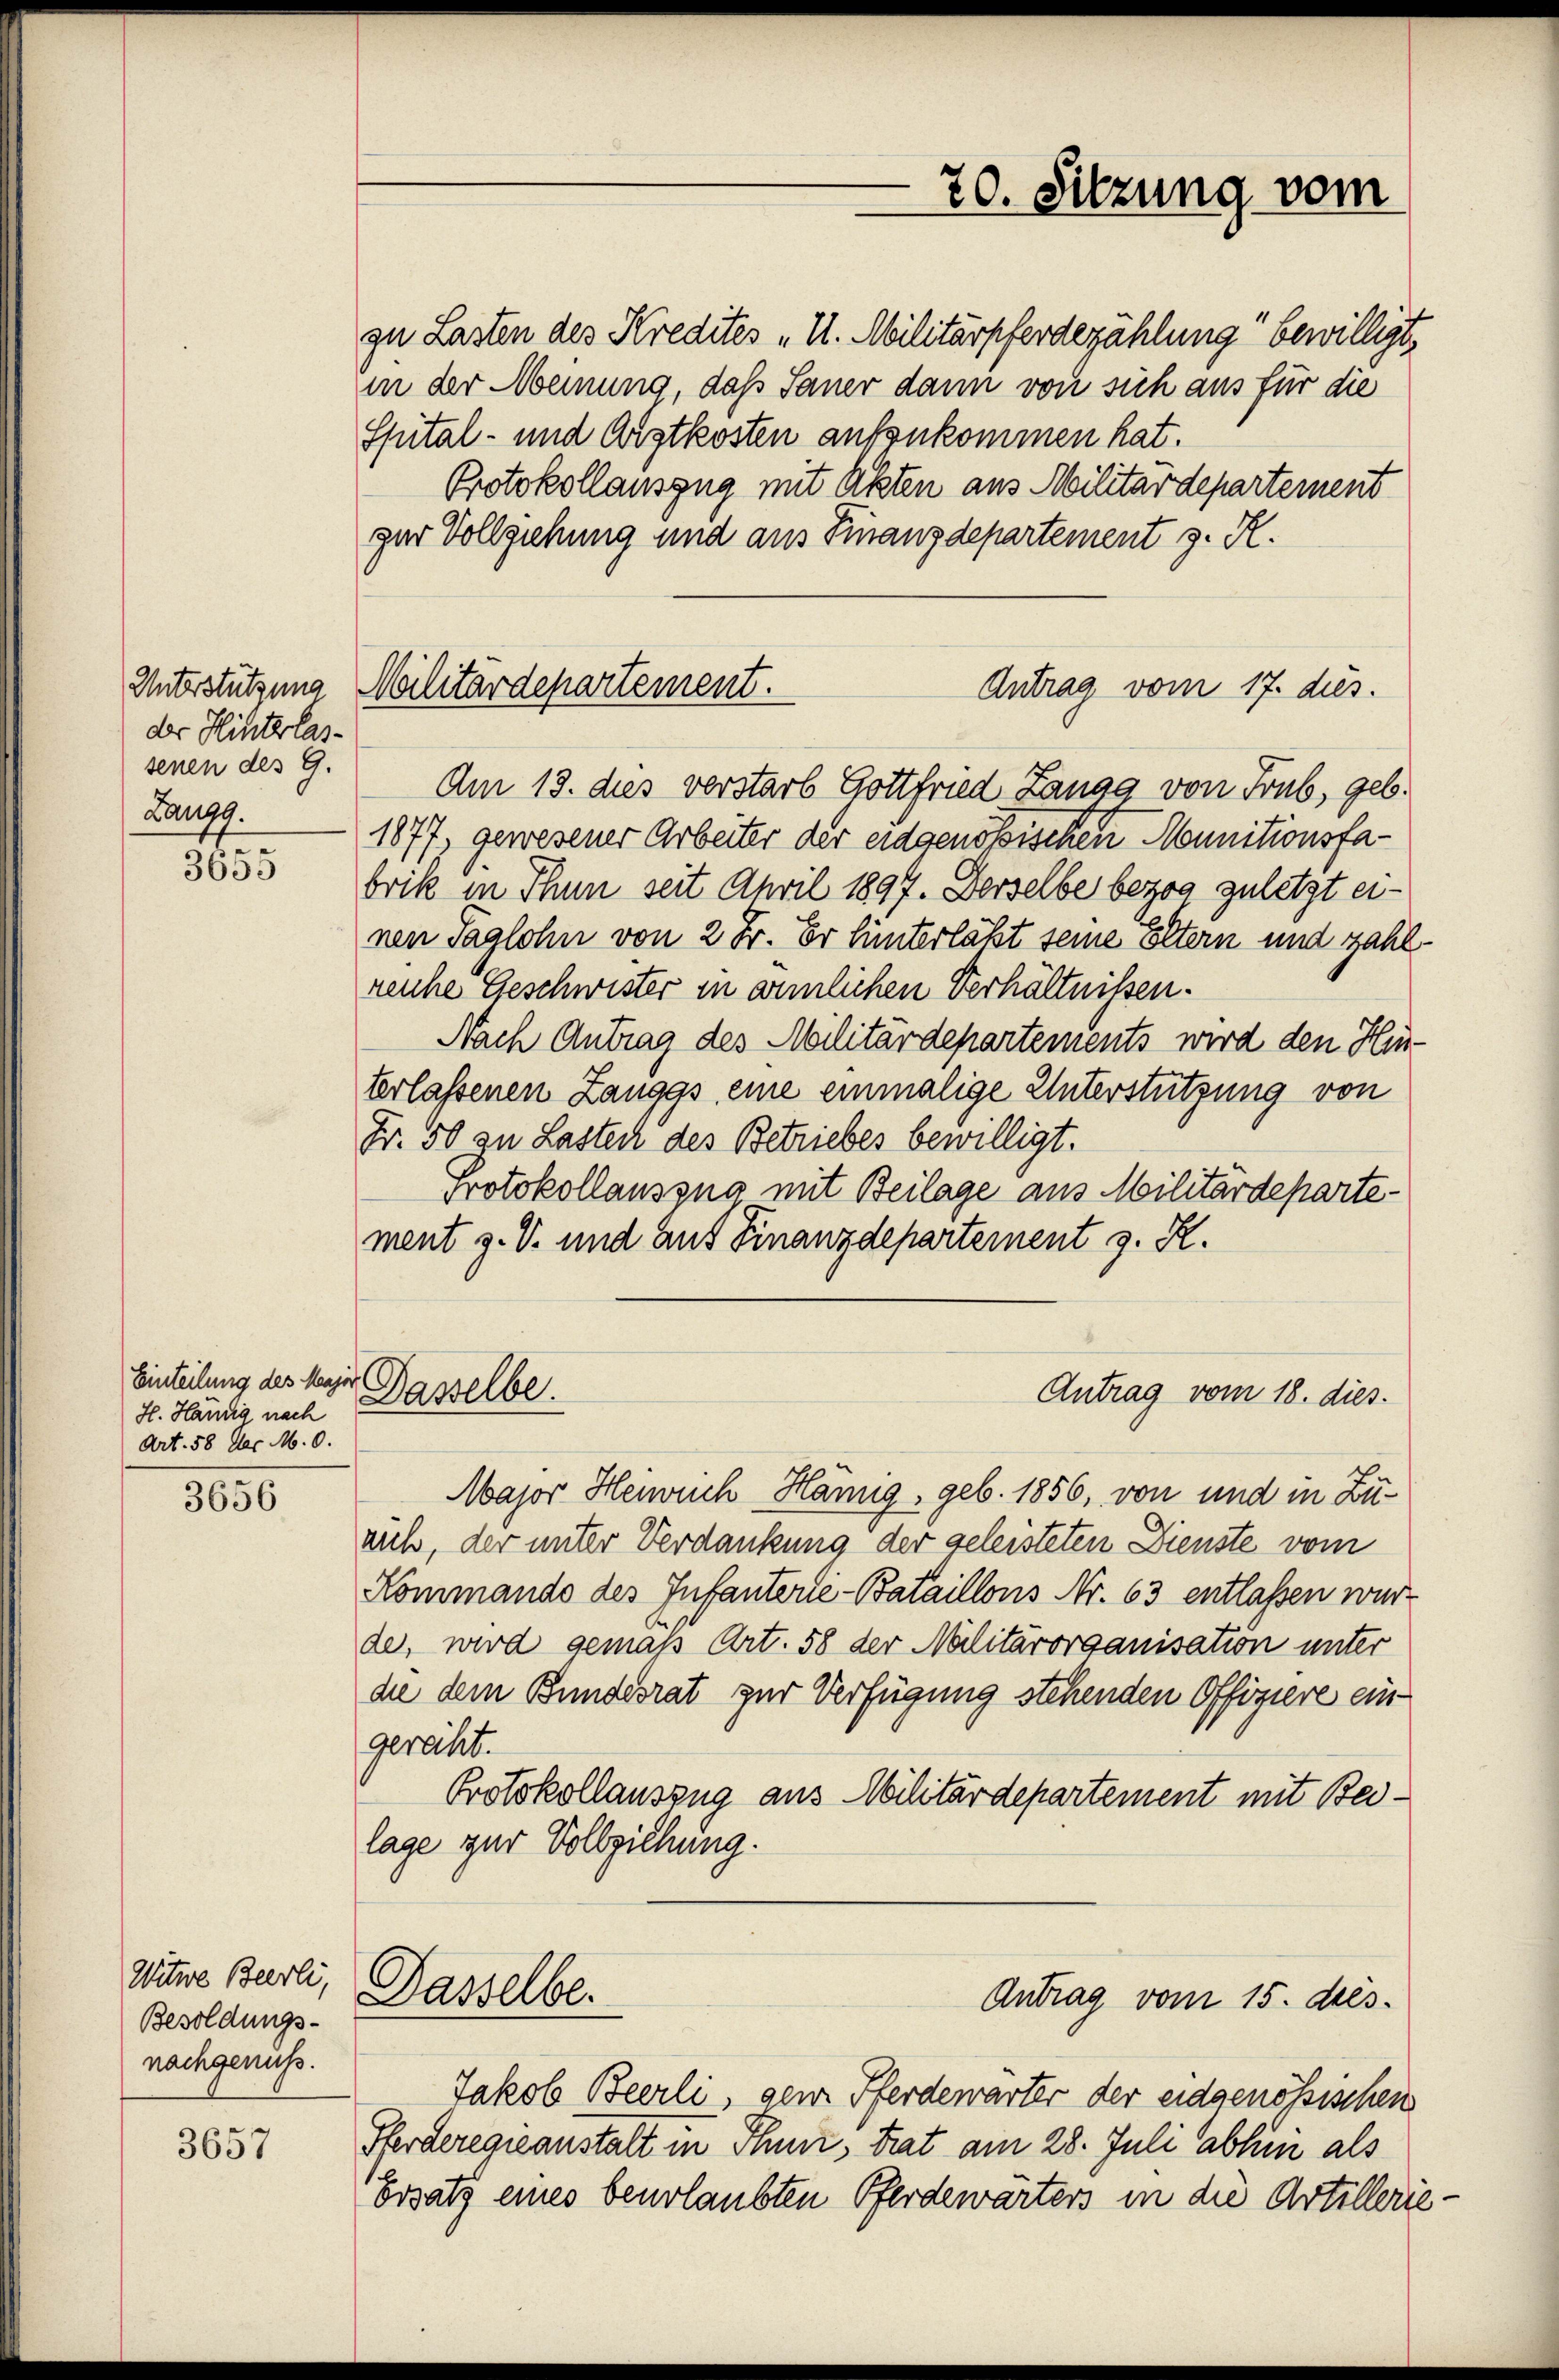
der Hinterlas-
senen des 9.
Laugg.

3655

Einteilung des Major
H. Händig nach
Art. 58 der M. 0.

3656

Witwe Beerli,
Besoldungs-
nachgenuß.

3657

Spital- und Arztkosten aufzukommen hat.
Protokollauszug mit Akten aus Militärdepartement
zur Vollziehung und aus Finanzdepartement z. R.
Antrag vom 17. dies.
Am 13. dies verstarb Gottfried Zanag von Frub, geb.
1877, gewesener Arbeiter der eidgenössischen Munitionsfabrik in Thun seit April 1897. Derselbe bezog zuletzt ernen Taglohn von 2 Fr. Er hinterläßt seine Eltern und zahlreuche Geschwister in ainlichen Verhältnissen.
Nach Antrag des Militärdepartements wird den Hin-
terlassenen Zanggs eine einmalige Unterstützung von
Fr. 50 zu Lasten des Betriebes bewilligt.
Protokollaussus mit Beilage aus Militärdepartement z. V. und aus Finanzdepartement z. R.
Dasselbe.
Antrag vom 18. dies.
Major Henrich Hannig, geb. 1856, von und in Zurich, der unter Verdankung der geleisteten Dienste vom
Kommando des Infanterie-Bataillons Nr. 63 entlassen wurde, wird gemaß Art. 58 der Nalitärorganisation unter
die dem Bundesrat zur Verfügung stehenden Offiziere eingerecht.
Protokollauszug aus Militärdepartement mit Beilage zur Vollziehung.
Dasselbe.
Antrag vom 15. des¬
Jakob Bierli, den Pferdewarter der eidgenössischen
Pferderegieanstalt in Thun, trat am 28. Juli abhin als
Ersatz eines beurlaubten Pferdewarters in die Artillerie-

Unterstützung Militärdepartement.

zu Lasten des Kredites „U. Militärpferdezählung“ bewilligt,
in der Meinung, daß Sauer dann von sich aus für die

20. Sitzung vom